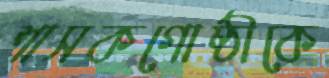
শাসকগোষ্ঠীকে